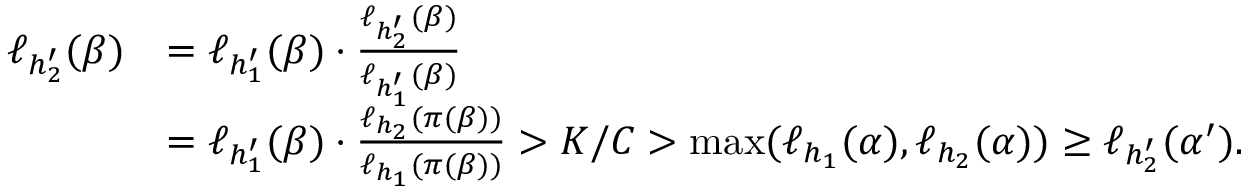
\begin{array} { r l } { \ell _ { h _ { 2 } ^ { \prime } } ( \beta ) } & { = \ell _ { h _ { 1 } ^ { \prime } } ( \beta ) \cdot \frac { \ell _ { h _ { 2 } ^ { \prime } } ( \beta ) } { \ell _ { h _ { 1 } ^ { \prime } } ( \beta ) } } \\ & { = \ell _ { h _ { 1 } ^ { \prime } } ( \beta ) \cdot \frac { \ell _ { h _ { 2 } } ( \pi ( \beta ) ) } { \ell _ { h _ { 1 } } ( \pi ( \beta ) ) } > K / C > \operatorname* { m a x } ( \ell _ { h _ { 1 } } ( \alpha ) , \ell _ { h _ { 2 } } ( \alpha ) ) \geq \ell _ { h _ { 2 } ^ { \prime } } ( \alpha ^ { \prime } ) . } \end{array}